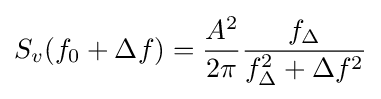
S_{v}(f_{0}+\Delta f)={\frac {A^{2}}{2\pi }}{\frac {f_{\Delta }}{f_{\Delta }^{2}+\Delta f^{2}}}